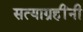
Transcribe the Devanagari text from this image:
सत्याग्रहींनी